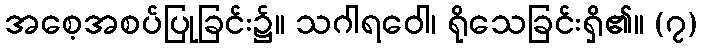
အစေ့အစပ်ပြုခြင်း၌။ သဂါရဝေါ၊ ရိုသေခြင်းရှိ၏။ (၇)